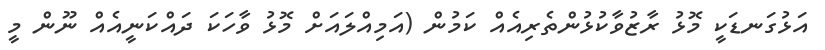
އަޅުގަނޑަކީ މޮޅު ރާޒުވާކުޅުންތެރިއެއް ކަމުން (އަމިއްލައަށް މޮޅު ވާހަކަ ދައްކަނީއެއް ނޫން މީ